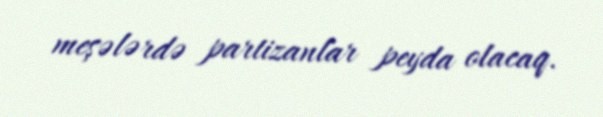
meşələrdə partizanlar peyda olacaq.